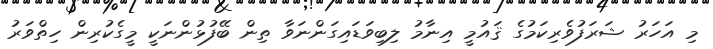
މި އަހަރު ޝަރަފުވެރިކަމުގެ ޤައުމީ އިނާމު ލިބިވަޑައިގަންނަވާ ތިން ބޭފުޅުންނަކީ މީގެކުރިން ހިތްވަރު